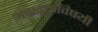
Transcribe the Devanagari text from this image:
अग्रदूताविषयी